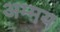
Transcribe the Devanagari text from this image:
अम्मय